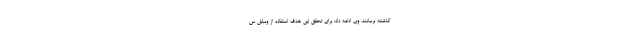
گذشته برسانند. وی ادامه داد: برای تحقق این هدف استفاده از وسایل س